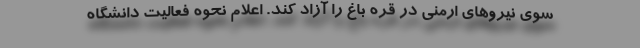
سوی نیروهای ارمنی در قره باغ را آزاد کند. اعلام نحوه فعالیت دانشگاه